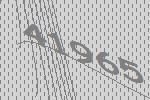
41965